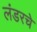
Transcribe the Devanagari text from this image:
लंडरचे